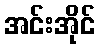
အင်းအိုင်